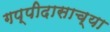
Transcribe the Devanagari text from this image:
गप्पीदासाच्या